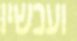
ועכשיו